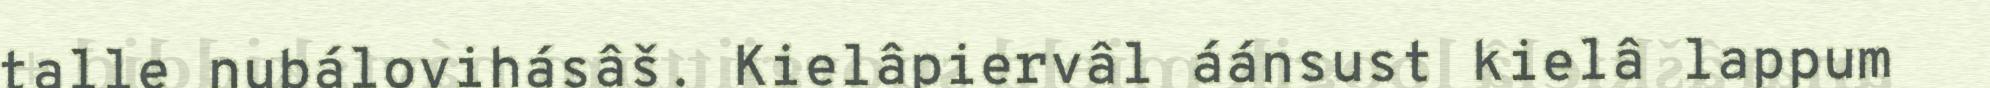
talle nubálovihásâš. Kielâpiervâl áánsust kielâ lappum